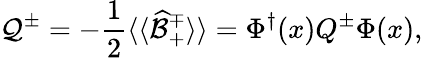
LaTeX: {\cal Q}^{\pm}=-\frac{1}{2}\langle\langle\widehat{\cal B}_{+}^{\mp}\rangle\rangle=\Phi^{\dagger}(x)Q^{\pm}\Phi(x),